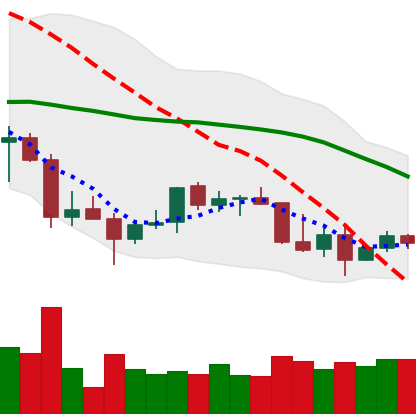
Ticker: TRX-USD
Chart end date: 2022-01-03
Forward return: -14.736%
Label: down_7plus